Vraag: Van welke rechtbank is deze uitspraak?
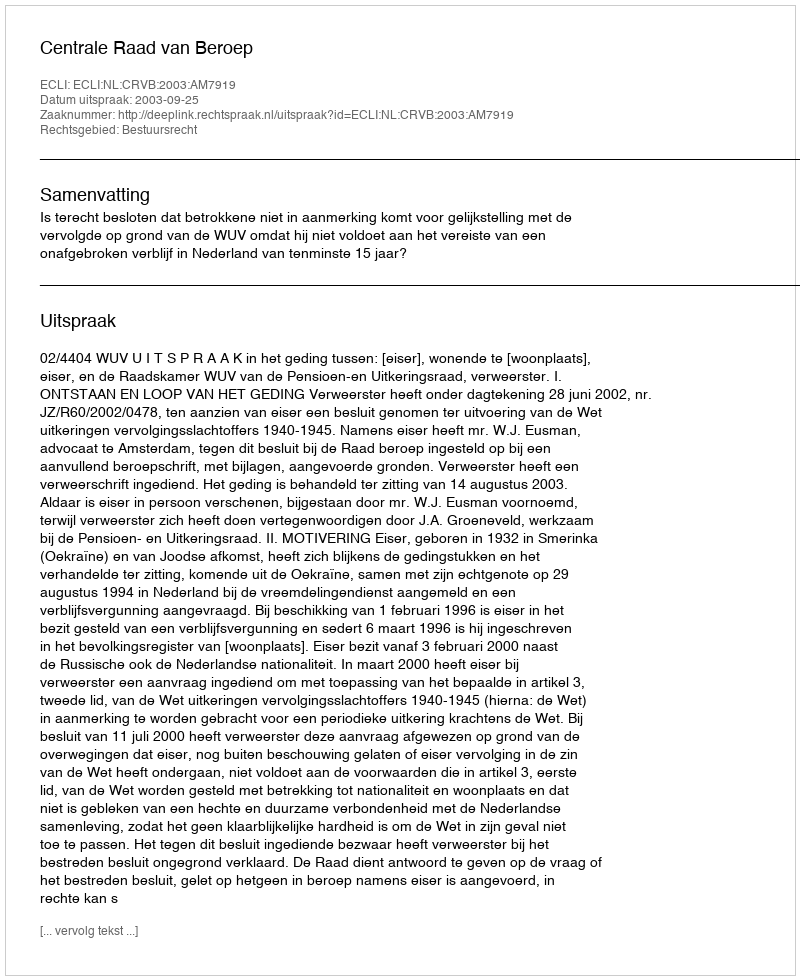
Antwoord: Centrale Raad van Beroep